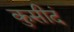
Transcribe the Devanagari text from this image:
कुसीदं